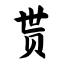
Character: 贳